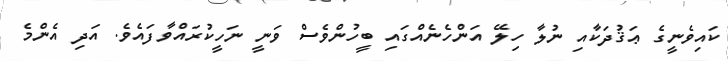
ކައިވެނީގެ ޢަޤުދަކާއި ނުލާ ހިލޭ އަންހެނެއްގައި ބީހުންވެސް ވަނީ ނަހީކުރައްވާފައެވެ. އަދި އެންމެ